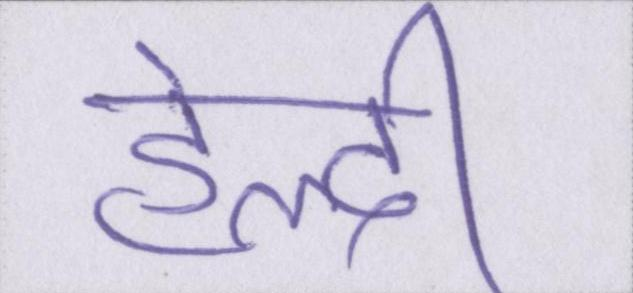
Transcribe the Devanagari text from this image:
हेल्दी